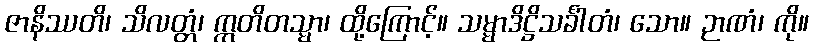
ဇာနိဿတိ၊ သိလတ္တံ၊ ဣတိတသ္မာ၊ ထို့ကြောင့်။ သမ္မာဒိဋ္ဌိသင်္ခါတံ၊ သော။ ဉာဏံ၊ ကို။